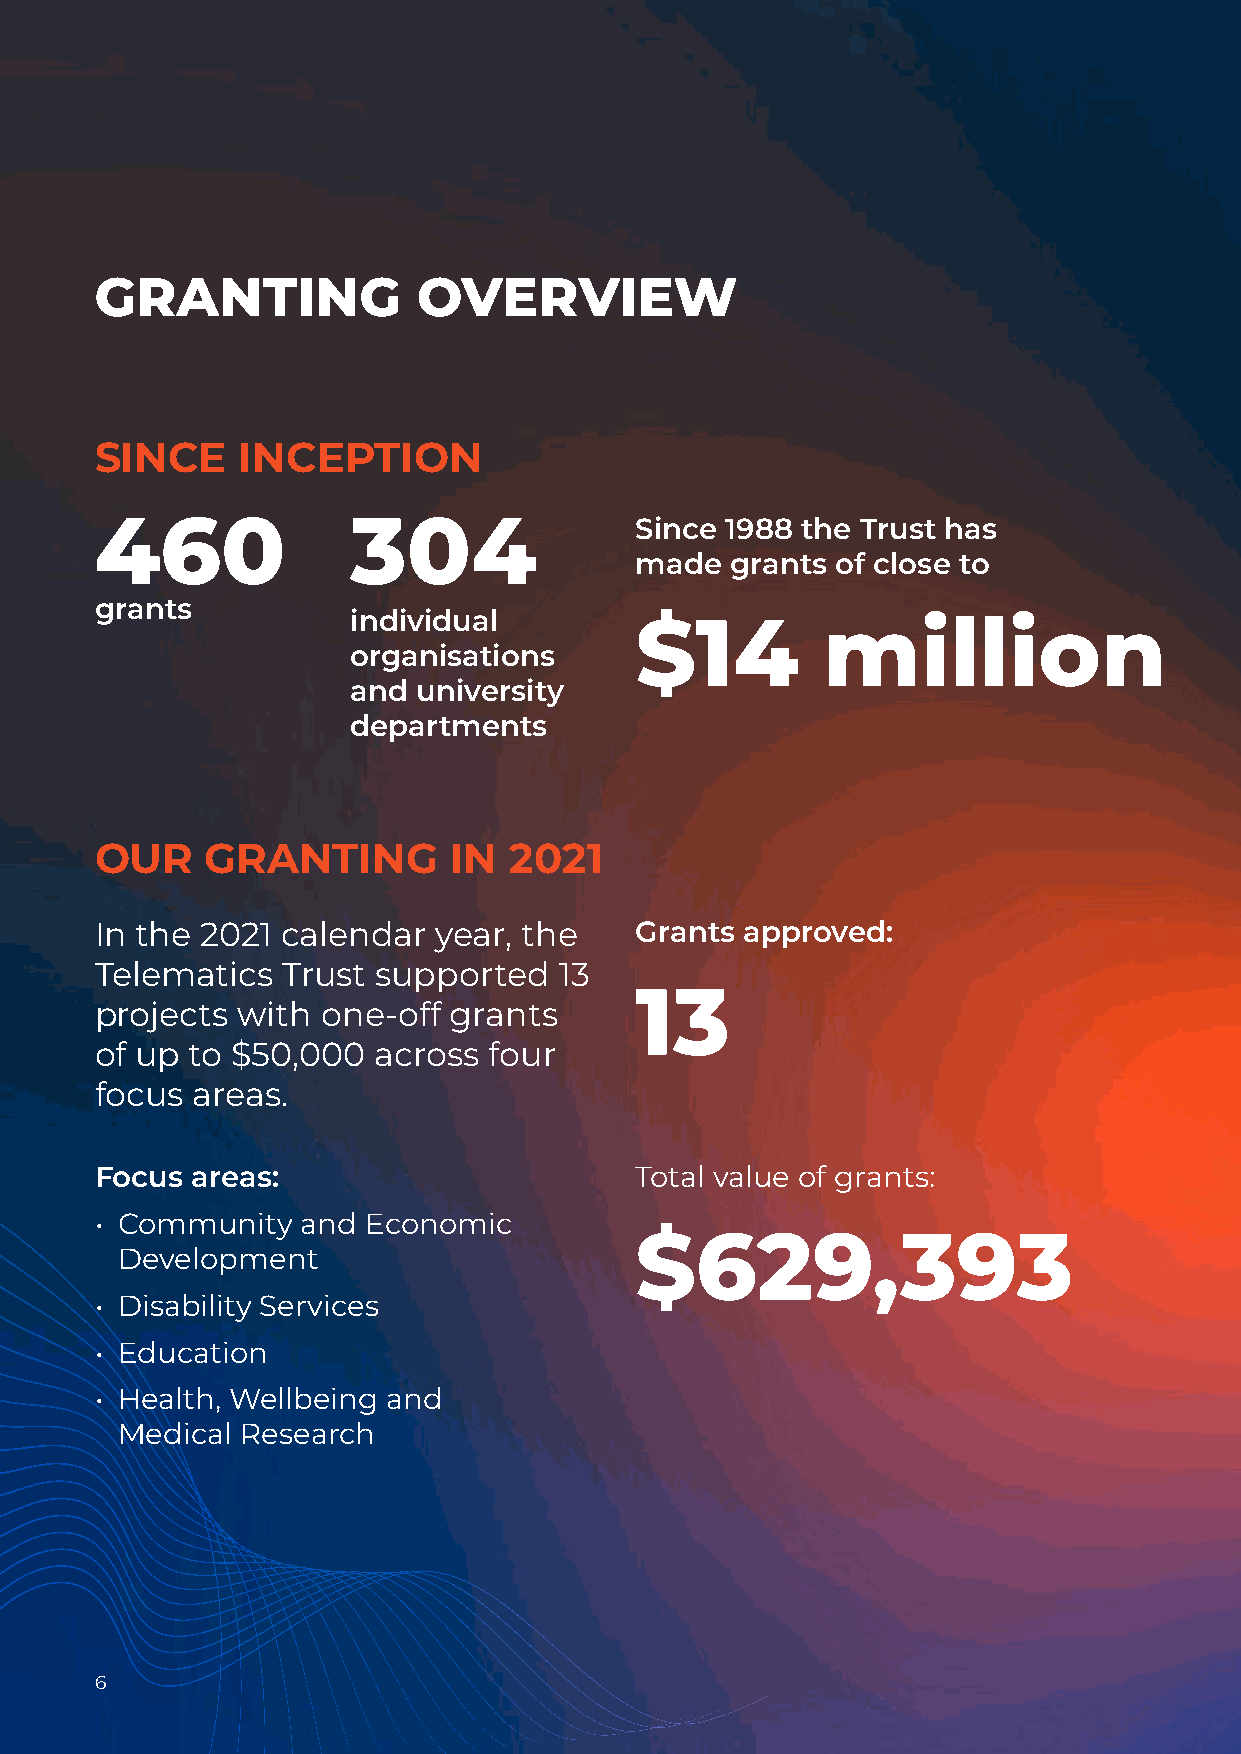
GRANTING              OVERVIEW
 SINCE     INCEPTION
 460              304                Since 1988 the Trust has
 made  grants of close to
 grants
 individual
 $14         million
 organisations
 and  university
 departments
 OUR     GRANTING        IN  2021
 In the 2021  calendar  year, the    Grants approved:
 Telematics   Trust supported   13
 13
 projects  with one-off  grants
 of up  to $50,000  across four
 focus  areas.
 Focus  areas:                       Total value of grants:
 • Community   and Economic
 $629,393
 Development
 • Disability Services
 • Education
 • Health, Wellbeing and
 Medical Research
 66